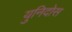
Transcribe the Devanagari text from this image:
युनिदोस